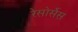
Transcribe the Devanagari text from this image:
रेसोर्सेस